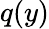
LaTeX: q(y)